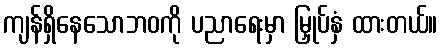
ကျန်ရှိနေသောဘဝကို ပညာရေးမှာ မြှုပ်နှံ ထားတယ်။